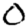
Digit: 0